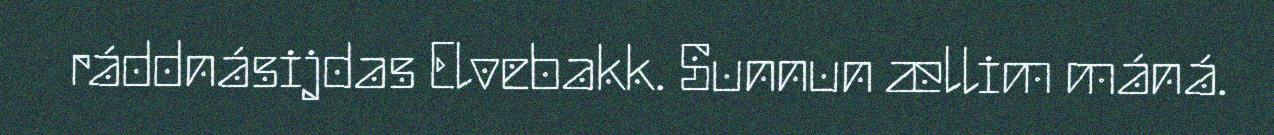
ráddnásijdas Elvebakk. Sunnun ællim máná.